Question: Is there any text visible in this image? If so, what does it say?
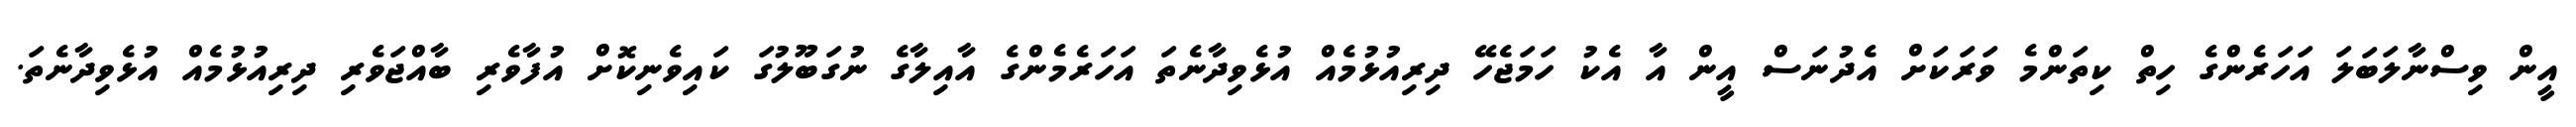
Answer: އީން ވިސްނާލަބަލަ އަހަރެންގެ ހިތް ކިތަންމެ ވަރަކަށް އެދުނަސް އީން އާ އެކު ހަމަޖެހޭ ދިރިއުޅުމެއް އުޅެވިދާނެތަ އަހަރެމެންގެ އާއިލާގެ ނުގަބޫލުގަ ކައިވެނިކޮށް އުފާވެރި ބާއްޖަވެރި ދިރިއުޅުމެއް އުޅެވިދާނެތަ.